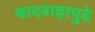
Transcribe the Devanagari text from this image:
बादशहापुढे